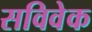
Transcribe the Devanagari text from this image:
सविवेक